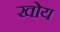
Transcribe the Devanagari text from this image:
खोय